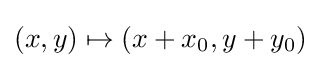
(x,y)\mapsto (x+x_{0},y+y_{0})